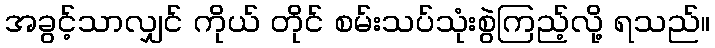
အခွင့်သာလျှင် ကိုယ် တိုင် စမ်းသပ်သုံးစွဲကြည့်လို့ ရသည်။